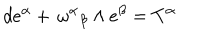
LaTeX: d e ^ { \alpha } + { { \, \omega } ^ { \alpha } } _ { \beta } \wedge e ^ { \beta } = T ^ { \alpha }